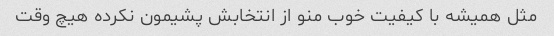
مثل همیشه با کیفیت خوب منو از انتخابش پشیمون نکرده هیچ وقت